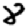
Digit: 8